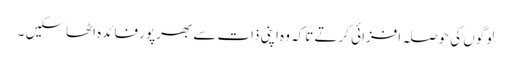
لوگوں کی حوصلہ افزائی کرتے تاکہ وہ اپنی ذات سے بھرپور فائدہ اٹھاسکیں ۔